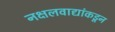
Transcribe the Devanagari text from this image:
नक्षलवाद्यांकडून